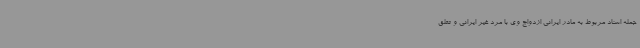
جمله اسناد مربوط به مادر ایرانی ازدواج وی با مرد غیر ایرانی و تعلق